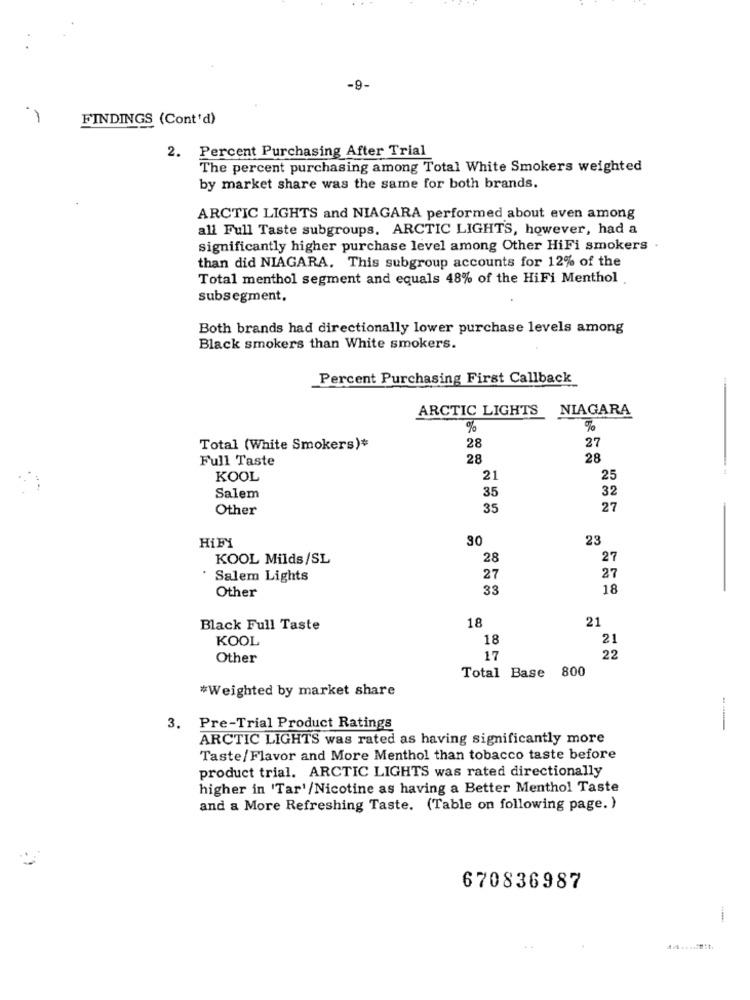
-9-
FINDINGS (Cont'd)
2. Percent Purchasing After Trial
The percent purchasing among Total White Smokers weighted
by market share was the same for both brands.
ARCTIC LIGHTS and NIAGARA performed about even among
all Full Taste subgroups. ARCTIC LIGHTS, however, had a
significantly higher purchase level among Other HiFi smokers
than did NIAGARA. This subgroup accounts for 12% of the
Total menthol segment and equals 48% of the HiFi Menthol
subsegment.
Both brands had directionally lower purchase levels among
Black smokers than White smokers.
Percent Purchasing First Callback
ARCTIC LIGHTS NIAGARA
%
%
Total (White Smokers)*
28
27
Full Taste
28
28
KOOL
21
25
35
32
Salem
Other
35
27
30
23
HiFi
KOOL Milds/SL
28
27
.
Salem Lights
27
27
Other
33
18
18
21
Black Full Taste
KOOL
18
21
Other
17
22
Total Base 800
*Weighted by market share
3. Pre-Trial Product Ratings
ARCTIC LIGHTS was rated as having significantly more
Taste/Flavor and More Menthol than tobacco taste before
product trial. ARCTIC LIGHTS was rated directionally
higher in 'Tar'/Nicotine as having a Better Menthol Taste
and a More Refreshing Taste. (Table on following page. )
670836987